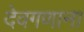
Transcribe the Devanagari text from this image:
देवगणाना